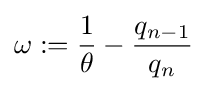
\omega :={\frac {1}{\theta }}-{\frac {q_{n-1}}{q_{n}}}